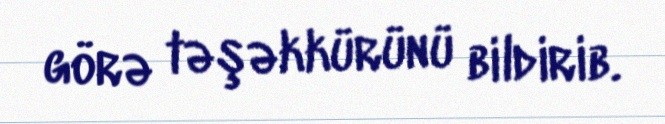
görə təşəkkürünü bildirib.